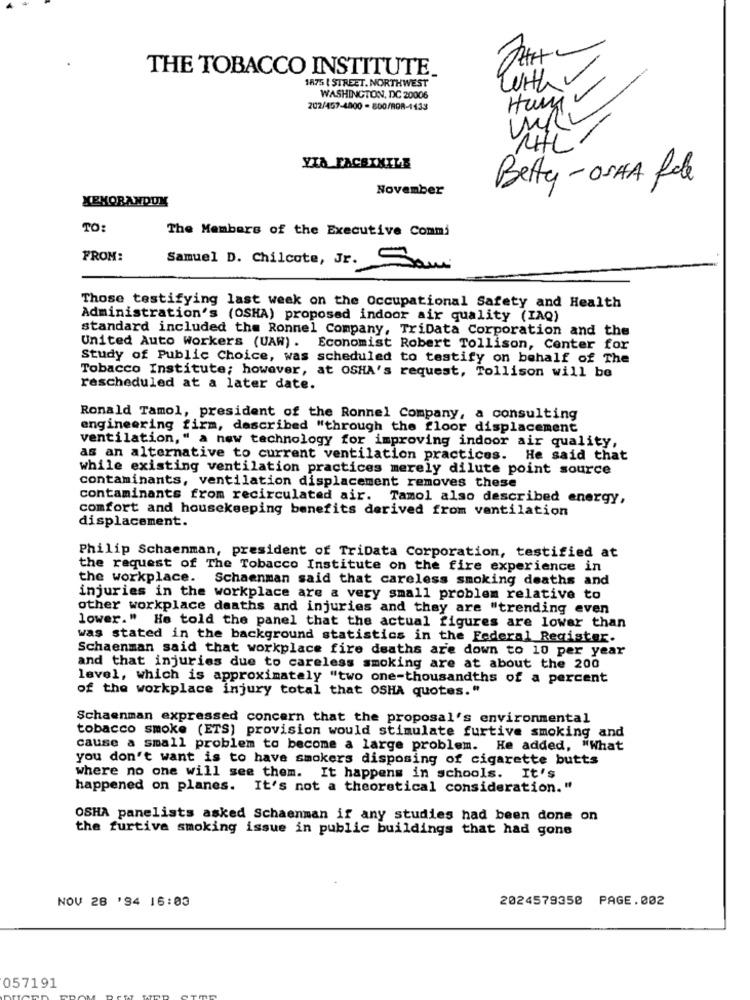
THE TOBACCO INSTITUTE.
1875 | STREET. NORTHWEST
With
WASHINGTON, DC 20006
Huniv
202/457-4800 - 800/ROR-1433
YIA FACSIMILE
Betty-OSHA fele
November
MEMORANDUM
TO:
The Members of the Executive Commi
FROM:
Samuel D. Chilcote, Jr. Sami
Those testifying last week on the Occupational Safety and Health
Administration's (OSHA) proposed indoor air quality (IAQ)
standard included the Ronnel Company, TriData Corporation and the
United Auto Workers (UAW). Economist Robert Tollison, Center for
Study of Public Choice, was scheduled to testify on behalf of The
Tobacco Institute; however, at OSHA's request, Tollison will be
rescheduled at a later date.
Ronald Tamol, president of the Ronnel Company, a consulting
engineering firm, described "through the floor displacement
ventilation," a new technology for improving indoor air quality,
as an alternative to current ventilation practices. He said that
while existing ventilation practices merely dilute point source
contaminants, ventilation displacement removes these
contaminants from recirculated air. Tamol also described energy,
comfort and housekeeping benefits derived from ventilation
displacement.
Philip Schaenman, president of TriData Corporation, testified at
the request of The Tobacco Institute on the fire experience in
the workplace. Schaenman said that careless smoking deaths and
injuries in the workplace are a very small problem relative to
other workplace deaths and injuries and they are "trending even
lower." He told the panel that the actual figures are lower than
was stated in the background statistics in the Federal Register.
Schaenman said that workplace fire deaths are down to 10 per year
and that injuries due to careless smoking are at about the 200
level, which is approximately "two one-thousandths of a percent
of the workplace injury total that OSHA quotes."
Schaenman expressed concern that the proposal's environmental
tobacco smoke (ETS) provision would stimulate furtive smoking and
cause a small problem to become a large problem. He added, "What
you don't want is to have smokers disposing of cigarette butts
where no one will see them. It happens in schools. It's
happened on planes. It's not a theoretical consideration."
OSHA panelists asked Schaenman if any studies had been done on
the furtive smoking issue in public buildings that had gone
NOV 28 '94 16:03
2024579350 PAGE.002
057191